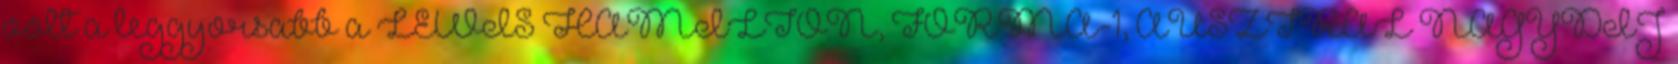
volt a leggyorsabb a LEWIS HAMILTON, FORMA-1, AUSZTRÁL NAGYDÍJ